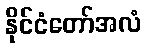
နိုင်ငံတော်အလံ